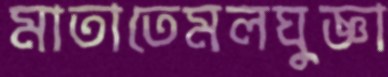
মাতাতেমলঘুজ্ঞা